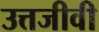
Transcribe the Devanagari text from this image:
उत्तजीवी